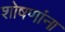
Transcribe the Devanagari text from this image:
शोषणांना